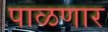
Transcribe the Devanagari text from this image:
पाळणार